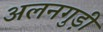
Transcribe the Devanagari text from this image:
अलनगुड़ी